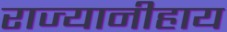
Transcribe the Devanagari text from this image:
राज्यानीहाय